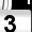
Digit: 3